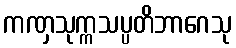
ကဏှသုက္ကသပ္ပတိဘာဂေသု